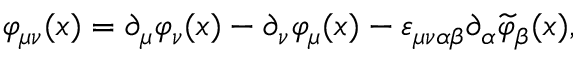
\varphi _ { \mu \nu } ( x ) = \partial _ { \mu } \varphi _ { \nu } ( x ) - \partial _ { \nu } \varphi _ { \mu } ( x ) - \varepsilon _ { \mu \nu \alpha \beta } \partial _ { \alpha } \widetilde { \varphi } _ { \beta } ( x ) ,